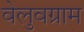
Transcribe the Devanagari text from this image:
वेलुवग्राम